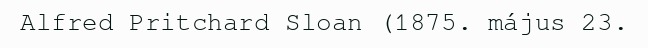
Alfred Pritchard Sloan (1875. május 23.